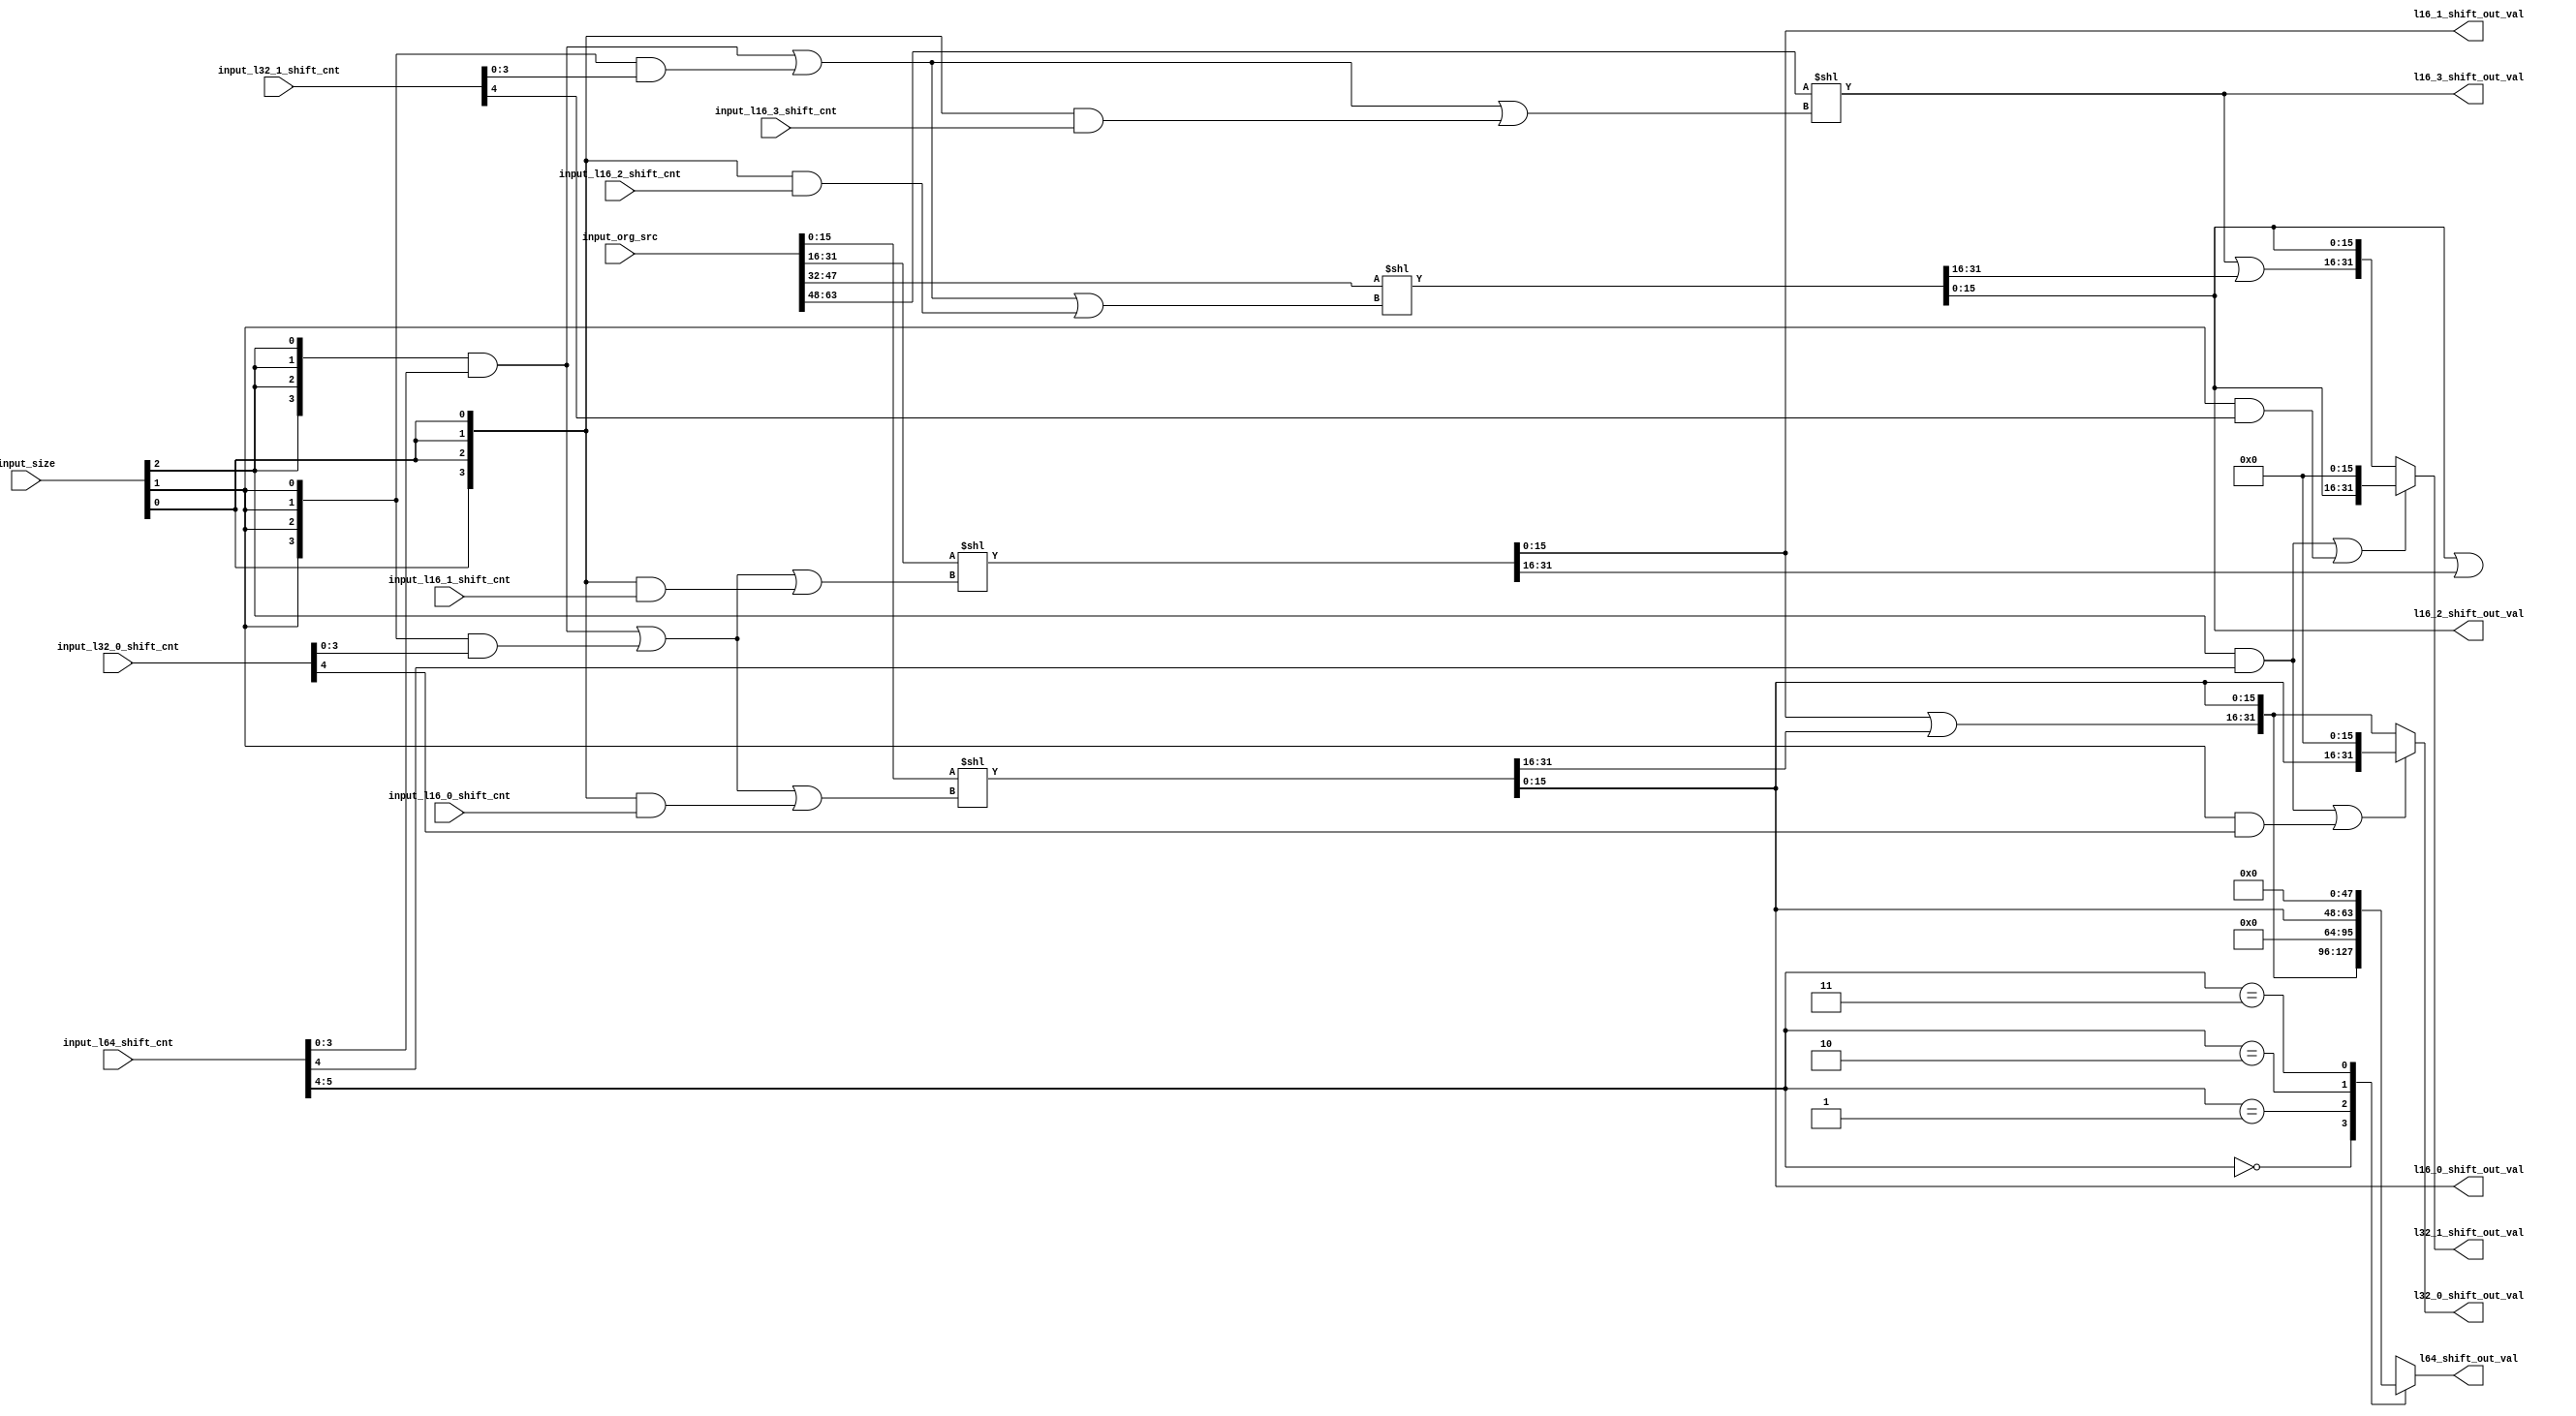
/*Copyright 2020-2021 T-Head Semiconductor Co., Ltd.

Licensed under the Apache License, Version 2.0 (the "License");
you may not use this file except in compliance with the License.
You may obtain a copy of the License at

    http://www.apache.org/licenses/LICENSE-2.0

Unless required by applicable law or agreed to in writing, software
distributed under the License is distributed on an "AS IS" BASIS,
WITHOUT WARRANTIES OR CONDITIONS OF ANY KIND, either express or implied.
See the License for the specific language governing permissions and
limitations under the License.
*/

// &ModuleBeg; @27
module aq_left_shift_64(
  input_l16_0_shift_cnt,
  input_l16_1_shift_cnt,
  input_l16_2_shift_cnt,
  input_l16_3_shift_cnt,
  input_l32_0_shift_cnt,
  input_l32_1_shift_cnt,
  input_l64_shift_cnt,
  input_org_src,
  input_size,
  l16_0_shift_out_val,
  l16_1_shift_out_val,
  l16_2_shift_out_val,
  l16_3_shift_out_val,
  l32_0_shift_out_val,
  l32_1_shift_out_val,
  l64_shift_out_val
);

// &Ports; @28
input   [3 :0]  input_l16_0_shift_cnt; 
input   [3 :0]  input_l16_1_shift_cnt; 
input   [3 :0]  input_l16_2_shift_cnt; 
input   [3 :0]  input_l16_3_shift_cnt; 
input   [4 :0]  input_l32_0_shift_cnt; 
input   [4 :0]  input_l32_1_shift_cnt; 
input   [5 :0]  input_l64_shift_cnt;  
input   [63:0]  input_org_src;        
input   [2 :0]  input_size;           
output  [15:0]  l16_0_shift_out_val;  
output  [15:0]  l16_1_shift_out_val;  
output  [15:0]  l16_2_shift_out_val;  
output  [15:0]  l16_3_shift_out_val;  
output  [31:0]  l32_0_shift_out_val;  
output  [31:0]  l32_1_shift_out_val;  
output  [63:0]  l64_shift_out_val;    

// &Regs; @29
reg     [63:0]  l64_shift_out_val;    

// &Wires; @30
wire    [3 :0]  h16_shift_cnt_0;      
wire    [3 :0]  h16_shift_cnt_1;      
wire    [3 :0]  h16_shift_cnt_2;      
wire    [3 :0]  h16_shift_cnt_3;      
wire    [15:0]  h16_shift_in_val_0;   
wire    [15:0]  h16_shift_in_val_1;   
wire    [15:0]  h16_shift_in_val_2;   
wire    [15:0]  h16_shift_in_val_3;   
wire            input_16;             
wire            input_32;             
wire            input_64;             
wire    [3 :0]  input_l16_0_shift_cnt; 
wire    [3 :0]  input_l16_1_shift_cnt; 
wire    [3 :0]  input_l16_2_shift_cnt; 
wire    [3 :0]  input_l16_3_shift_cnt; 
wire    [4 :0]  input_l32_0_shift_cnt; 
wire    [4 :0]  input_l32_1_shift_cnt; 
wire    [5 :0]  input_l64_shift_cnt;  
wire    [63:0]  input_org_src;        
wire    [2 :0]  input_size;           
wire    [15:0]  l16_0_shift_out_val;  
wire    [15:0]  l16_1_shift_out_val;  
wire    [15:0]  l16_2_shift_out_val;  
wire    [15:0]  l16_3_shift_out_val;  
wire    [31:0]  l16_shift_result_0;   
wire    [31:0]  l16_shift_result_1;   
wire    [31:0]  l16_shift_result_2;   
wire    [31:0]  l16_shift_result_3;   
wire    [31:0]  l32_0_shift_out_val;  
wire    [47:0]  l32_0_shift_result;   
wire    [31:0]  l32_1_shift_out_val;  
wire    [47:0]  l32_1_shift_result;   
wire            shift_cnt_0_bit4;     
wire            shift_cnt_1_bit4;     


assign input_64            = input_size[2];
assign input_32            = input_size[1];
assign input_16            = input_size[0];
assign h16_shift_cnt_0[3:0] = {4{input_64}} & input_l64_shift_cnt[3:0]   |
                             {4{input_32}} & input_l32_0_shift_cnt[3:0] |
                             {4{input_16}} & input_l16_0_shift_cnt[3:0];
assign h16_shift_cnt_1[3:0] = {4{input_64}} & input_l64_shift_cnt[3:0]   |
                             {4{input_32}} & input_l32_0_shift_cnt[3:0] |
                             {4{input_16}} & input_l16_1_shift_cnt[3:0];
assign h16_shift_cnt_2[3:0] = {4{input_64}} & input_l64_shift_cnt[3:0]   |
                             {4{input_32}} & input_l32_1_shift_cnt[3:0] |
                             {4{input_16}} & input_l16_2_shift_cnt[3:0];
assign h16_shift_cnt_3[3:0] = {4{input_64}} & input_l64_shift_cnt[3:0]   |
                             {4{input_32}} & input_l32_1_shift_cnt[3:0] |
                             {4{input_16}} & input_l16_3_shift_cnt[3:0];

assign h16_shift_in_val_0[15:0] = input_org_src[15:0];
assign h16_shift_in_val_1[15:0] = input_org_src[31:16];
assign h16_shift_in_val_2[15:0] = input_org_src[47:32];
assign h16_shift_in_val_3[15:0] = input_org_src[63:48];

assign l16_shift_result_0[31:0] = {16'b0,h16_shift_in_val_0[15:0]} << h16_shift_cnt_0[3:0];
assign l16_shift_result_1[31:0] = {16'b0,h16_shift_in_val_1[15:0]} << h16_shift_cnt_1[3:0];
assign l16_shift_result_2[31:0] = {16'b0,h16_shift_in_val_2[15:0]} << h16_shift_cnt_2[3:0];
assign l16_shift_result_3[31:0] = {16'b0,h16_shift_in_val_3[15:0]} << h16_shift_cnt_3[3:0];

assign l16_0_shift_out_val[15:0] = l16_shift_result_0[15:0]; 
assign l16_1_shift_out_val[15:0] = l16_shift_result_1[15:0]; 
assign l16_2_shift_out_val[15:0] = l16_shift_result_2[15:0]; 
assign l16_3_shift_out_val[15:0] = l16_shift_result_3[15:0]; 

assign shift_cnt_0_bit4          = input_64 && input_l64_shift_cnt[4] ||
                                     input_32 && input_l32_0_shift_cnt[4];
assign shift_cnt_1_bit4          = input_64 && input_l64_shift_cnt[4] ||
                                     input_32 && input_l32_1_shift_cnt[4];
                                   
assign l32_0_shift_result[47:0] = shift_cnt_0_bit4 ? {l16_shift_result_0[31:0],16'b0}
                                                    : {l16_shift_result_1[31:16],
                                                       l16_shift_result_1[15:0]| l16_shift_result_0[31:16],
                                                       l16_shift_result_0[15:0]};
assign l32_1_shift_result[47:0] = shift_cnt_1_bit4 ? {l16_shift_result_2[31:0],16'b0}
                                                    : {l16_shift_result_3[31:16],
                                                       l16_shift_result_3[15:0]| l16_shift_result_2[31:16],
                                                       l16_shift_result_2[15:0]};
assign l32_0_shift_out_val[31:0]  = l32_0_shift_result[31:0];
assign l32_1_shift_out_val[31:0]  = l32_1_shift_result[31:0];


//assign l64_shift_out_val[63:0]   = input_l64_shift_cnt[5] ? {l32_0_shift_result[31:0],32'b0} 
//                                                          : {l32_1_shift_result[32:16], 
//                                                             l32_1_shift_result[15:0] | l32_0_shift_result[47:32],
//                                                             l32_0_shift_result[31:0]};
// &CombBeg; @84
always @( l16_shift_result_2[31:0]
       or l16_shift_result_3[15:0]
       or input_l64_shift_cnt[5:4]
       or l16_shift_result_1[31:0]
       or l16_shift_result_0[31:0])
begin
  casez(input_l64_shift_cnt[5:4])
    2'b00: l64_shift_out_val[63:0] = {l16_shift_result_3[15:0] | l16_shift_result_2[31:16],
                                      l16_shift_result_2[15:0] | l16_shift_result_1[31:16],
                                      l16_shift_result_1[15:0] | l16_shift_result_0[31:16],l16_shift_result_0[15:0]};
    2'b01: l64_shift_out_val[63:0] = {l16_shift_result_2[15:0] | l16_shift_result_1[31:16],
                                      l16_shift_result_1[15:0] | l16_shift_result_0[31:16],l16_shift_result_0[15:0],16'b0};
    2'b10: l64_shift_out_val[63:0] = {l16_shift_result_1[15:0] | l16_shift_result_0[31:16],l16_shift_result_0[15:0],32'b0};
    2'b11: l64_shift_out_val[63:0] = {l16_shift_result_0[15:0],48'b0};
    default: l64_shift_out_val[63:0] = {64{1'bx}};
  endcase
// &CombEnd; @95
end


// &ModuleEnd; @98
endmodule